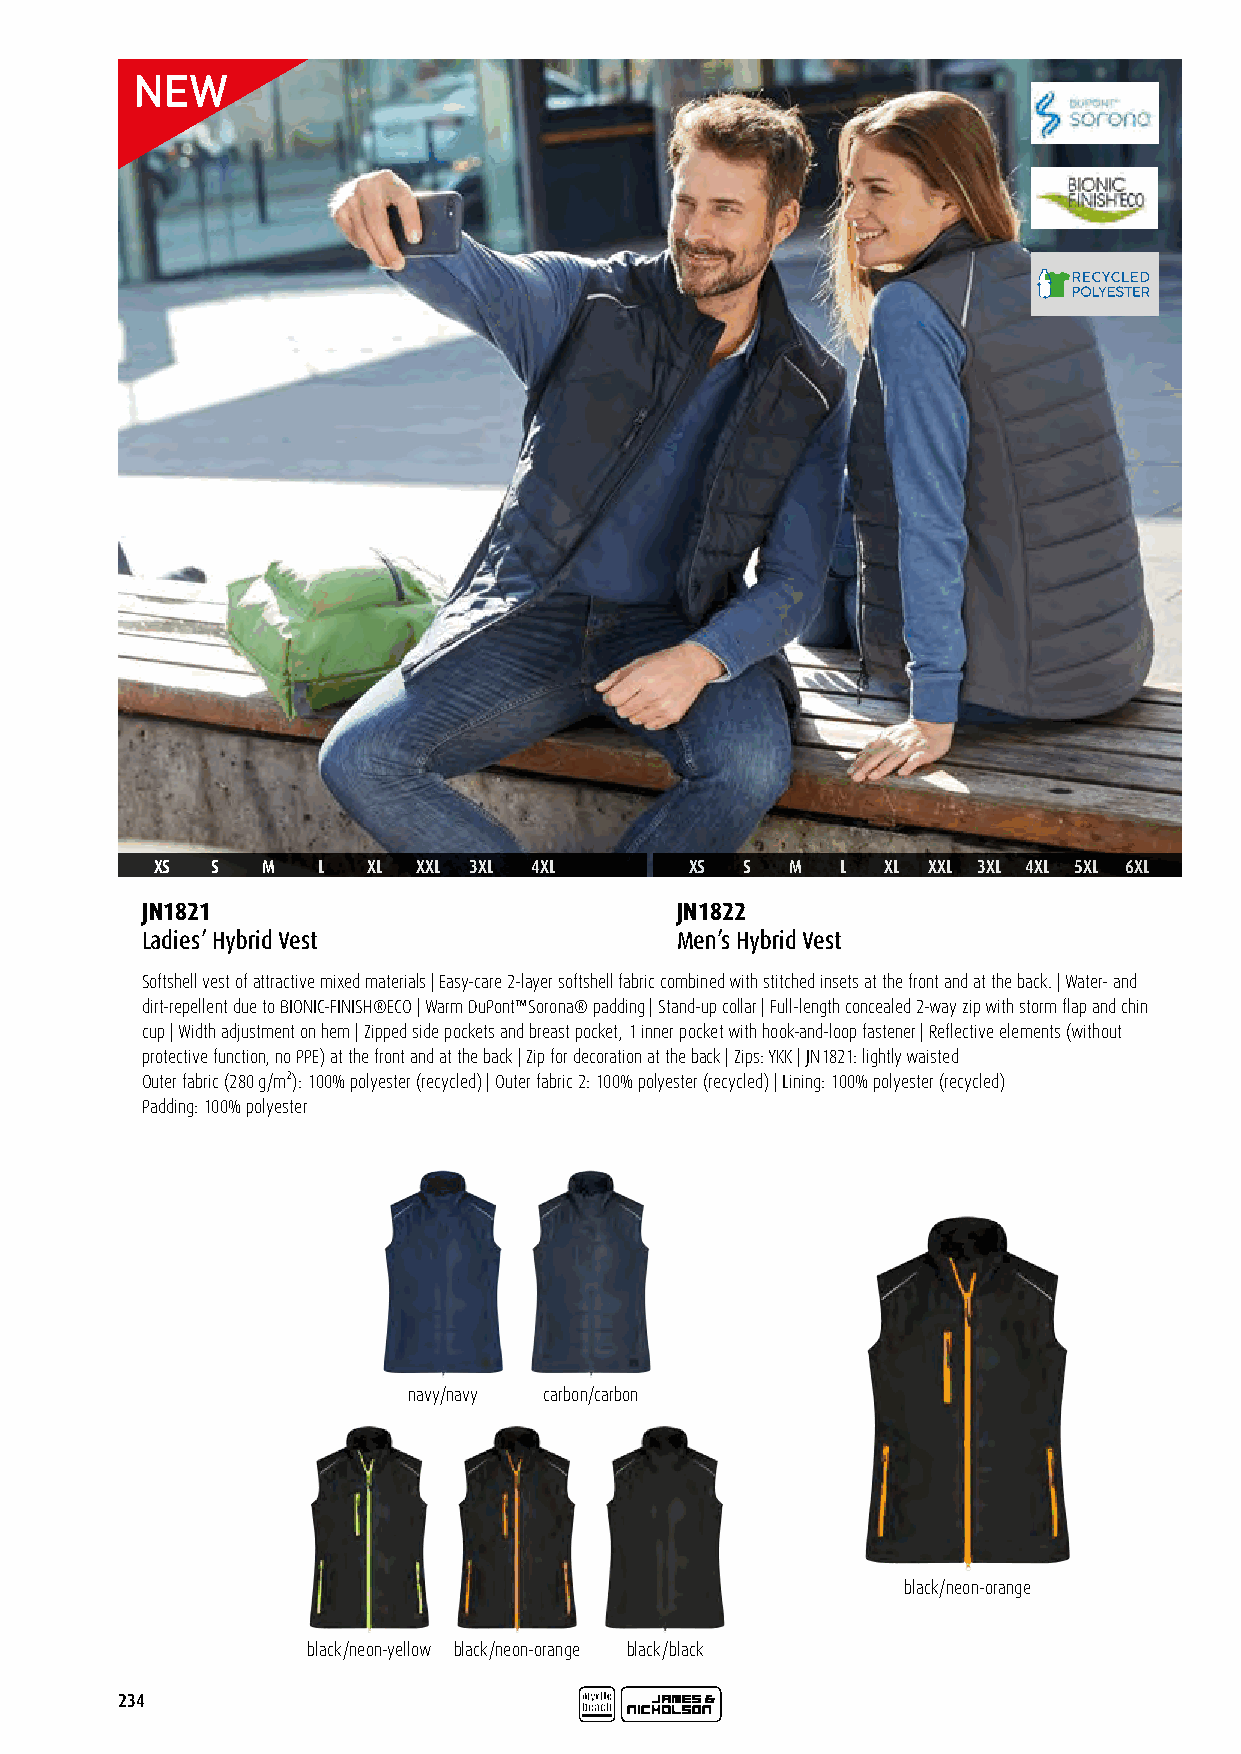
XS  S  M   L  XL  XXL 3XL 4XL       XS S  M   L  XL XXL 3XL 4XL 5XL 6XL
 JN1821                              JN1822
 Ladies’ Hybrid Vest                 Men’s Hybrid Vest
 Softshell vest of attractive mixed materials | Easy-care 2-layer softshell fabric combined with stitched insets at the front and at the back. | Water- and
 dirt-repellent due to BIONIC-FINISH®ECO | Warm DuPont™Sorona® padding | Stand-up collar | Full-length concealed 2-way zip with storm flap and chin
 cup | Width adjustment on hem | Zipped side pockets and breast pocket, 1 inner pocket with hook-and-loop fastener | Reflective elements (without
 protective function, no PPE) at the front and at the back | Zip for decoration at the back | Zips: YKK | JN1821: lightly waisted
 Outer fabric (280 g/m²): 100% polyester (recycled) | Outer fabric 2: 100% polyester (recycled) | Lining: 100% polyester (recycled)
 Padding: 100% polyester
 navy/navy carbon/carbon
 black/neon-orange
 black/neon-yellow black/neon-orange black/black
 234